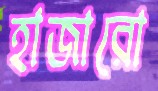
হাজারো